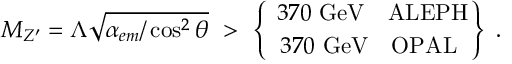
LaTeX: M _ { Z ^ { \prime } } = \Lambda \sqrt { \alpha _ { e m } / \cos ^ { 2 } \theta } \ > \ \left\{ \ { 3 7 0 \ \mathrm { G e V } \ \ \ \mathrm { A L E P H } } \atop { 3 7 0 \ \mathrm { G e V } \ \ \ \mathrm { O P A L } } \right\} \ .